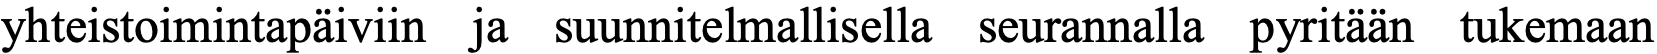
yhteistoimintapäiviin ja suunnitelmallisella seurannalla pyritään tukemaan